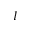
I